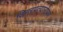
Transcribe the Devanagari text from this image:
जिगरप्रत्यारोपण